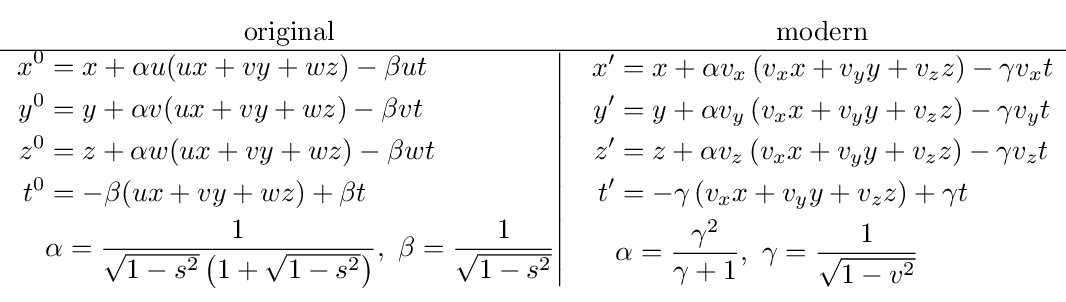
{\begin{matrix}{\text{original}}&{\text{modern}}\\\hline \left.{\begin{aligned}x^{0}&=x+\alpha u(ux+vy+wz)-\beta ut\\y^{0}&=y+\alpha v(ux+vy+wz)-\beta vt\\z^{0}&=z+\alpha w(ux+vy+wz)-\beta wt\\t^{0}&=-\beta (ux+vy+wz)+\beta t\\&\alpha ={\frac {1}{{\sqrt {1-s^{2}}}\left(1+{\sqrt {1-s^{2}}}\right)}},\ \beta ={\frac {1}{\sqrt {1-s^{2}}}}\end{aligned}}\right|&{\begin{aligned}x'&=x+\alpha v_{x}\left(v_{x}x+v_{y}y+v_{z}z\right)-\gamma v_{x}t\\y'&=y+\alpha v_{y}\left(v_{x}x+v_{y}y+v_{z}z\right)-\gamma v_{y}t\\z'&=z+\alpha v_{z}\left(v_{x}x+v_{y}y+v_{z}z\right)-\gamma v_{z}t\\t'&=-\gamma \left(v_{x}x+v_{y}y+v_{z}z\right)+\gamma t\\&\alpha ={\frac {\gamma ^{2}}{\gamma +1}},\ \gamma ={\frac {1}{\sqrt {1-v^{2}}}}\end{aligned}}\end{matrix}}